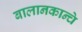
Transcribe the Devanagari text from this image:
बालानकान्चे